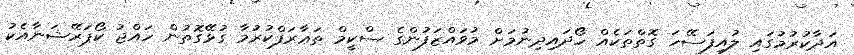
އަދާކުރުމުގައި ލުއިފަސޭހަ ގޮތްތަކެއް ހޯދައިދިނުމަށް މުވައްޒަފުންގެ ސްކީމް ތަޢާރަފްކުރުމާ ގުޅޭގޮތުން ހައްޖު ކޯޕަރޭޝަނާއެކު